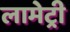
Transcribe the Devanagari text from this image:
लामेट्री